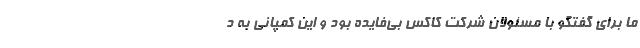
ما برای گفتگو با مسئولان شرکت کاکس بی‌فایده بود و این کمپانی به د